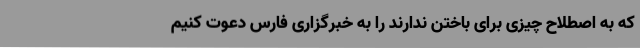
که به اصطلاح چیزی برای باختن ندارند را به خبرگزاری فارس دعوت کنیم